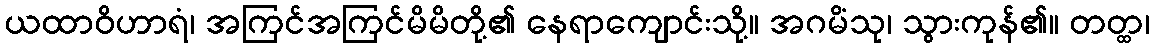
ယထာဝိဟာရံ၊ အကြင်အကြင်မိမိတို့၏ နေရာကျောင်းသို့။ အဂမိံသု၊ သွားကုန်၏။ တတ္ထ၊